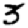
Digit: 3